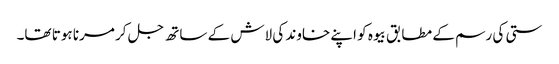
ستی کی رسم کے مطابق بیوہ کو اپنے خاوند کی لاش کے ساتھ جل کر مرنا ہوتا تھا۔